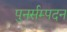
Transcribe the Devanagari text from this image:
पुनर्सम्पदन